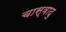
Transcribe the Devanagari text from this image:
चास्वादु